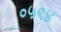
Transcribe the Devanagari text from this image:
०५९४